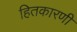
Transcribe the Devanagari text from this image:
हितकारणी